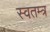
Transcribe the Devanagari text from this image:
स्वतम्त्र